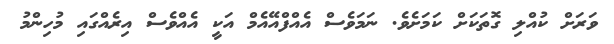
ވަރަށް ކުއްލި ގޮތަކަށް ކަމަށެވެ. ނަމަވެސް އެއްފްއޭއެމް އަކީ އެއްވެސް އިރެއްގައި މުހިންމު